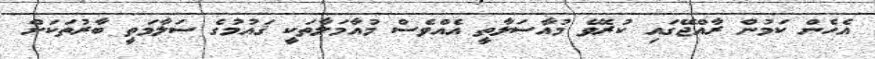
އެހެން ކަމުން ރާއްޖޭގައި ކުރެވޭ މުއާސަލާތީ އެއްވެސް މުއާމަލާތަކީ ޤައުމުގެ ސަލާމަތީ ބާރުތަކަށް